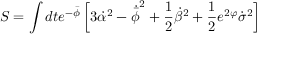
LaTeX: S = \int d t e ^ { - \bar { \phi } } \left[ 3 \dot { \alpha } ^ { 2 } - \dot { \bar { \phi } } ^ { 2 } + { \frac { 1 } { 2 } } \dot { \beta } ^ { 2 } + { \frac { 1 } { 2 } } e ^ { 2 \varphi } \dot { \sigma } ^ { 2 } \right]